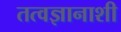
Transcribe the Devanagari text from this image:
तत्वज्ञानाशी